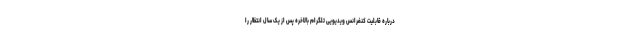
درباره قابلیت کنفرانس ویدیویی تلگرام بالاخره پس از یک سال انتظار را